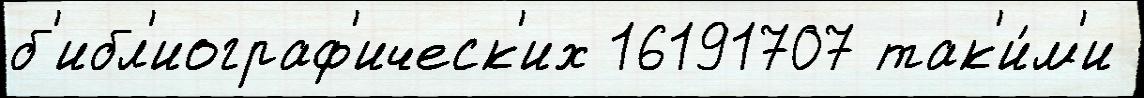
б'ибл'иограф'ическ'их 16191707 так'и́м'и